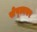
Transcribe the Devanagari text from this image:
सेप्त्मबर